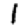
Digit: 1